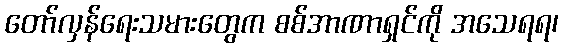
တော်လှန်ရေးသမားတွေက စစ်အာဏာရှင်ကို အသေရရ၊